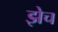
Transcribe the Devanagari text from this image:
झेच